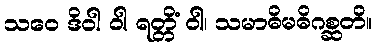
သဝေ ဒိဝါ ဝါ ရတ္တိံ ဝါ၊ သမာဓိမဓိဂစ္ဆတိ။